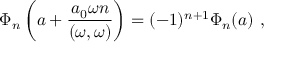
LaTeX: \Phi _ { n } \left( a + \frac { a _ { 0 } \omega n } { ( \omega , \omega ) } \right) = ( - 1 ) ^ { n + 1 } \Phi _ { n } ( a ) \ ,